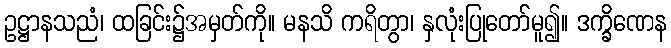
ဥဋ္ဌာနသညံ၊ ထခြင်း၌အမှတ်ကို။ မနသိ ကရိတွာ၊ နှလုံးပြုတော်မူ၍။ ဒက္ခိဏေန